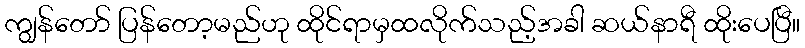
ကျွန်တော် ပြန်တော့မည်ဟု ထိုင်ရာမှထလိုက်သည့်အခါ ဆယ်နာရီ ထိုးပေပြီ။